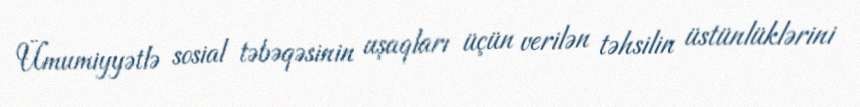
Ümumiyyətlə sosial təbəqəsinin uşaqları üçün verilən təhsilin üstünlüklərini